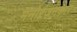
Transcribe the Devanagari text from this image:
मनोरंजनकार